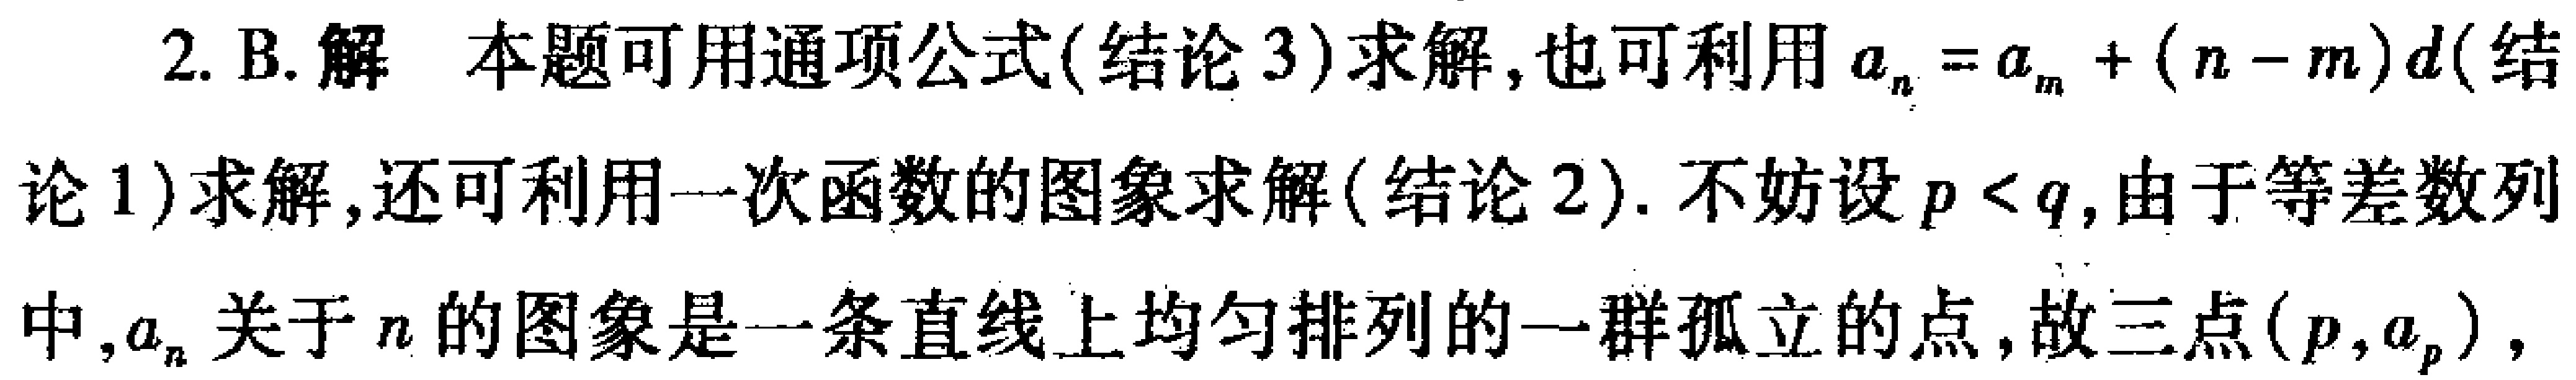
2. B. 解 本题可用通项公式(结论 3)求解,也可利用\(a_{n}=a_{m}+(n - m)d\)(结论 1)求解,还可利用一次函数的图象求解(结论 2). 不妨设\(p < q\),由于等差数列中,\(a_{n}\)关于\(n\)的图象是一条直线上均匀排列的一群孤立的点,故三点\((p,a_{p})\),